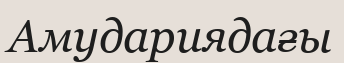
Амудариядағы